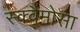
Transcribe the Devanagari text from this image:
स्क्वैमोसा